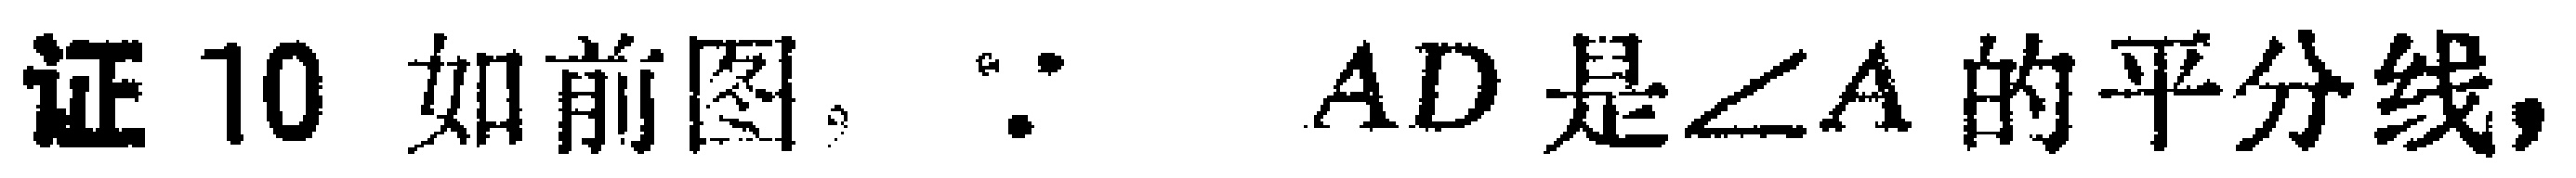
证10 如前图，$\because$ $AD$是$\angle A$的平分线，